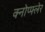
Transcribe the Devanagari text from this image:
क्नोप्फ्लेर